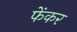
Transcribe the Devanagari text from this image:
फेंकर